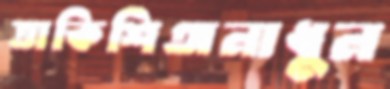
তাকিশিঅনাধুন